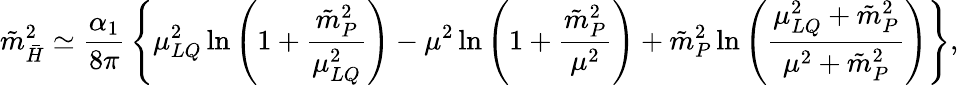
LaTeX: {\tilde{m}}_{\bar{H}}^{2}\simeq{\frac{\alpha_{1}}{8\pi}}\left\{ \mu_{LQ}^{2}\ln\left(1+{\frac{{\tilde{m}}_{P}^{2}}{\mu_{LQ}^{2}}}\right)-\mu^{2}\ln\left(1+{\frac{{\tilde{m}}_{P}^{2}}{\mu^{2}}}\right)+{\tilde{m}}_{P}^{2}\ln\left({\frac{\mu_{LQ}^{2}+{\tilde{m}}_{P}^{2}}{\mu^{2}+{\tilde{m}}_{P}^{2}}}\right)\right\} ,